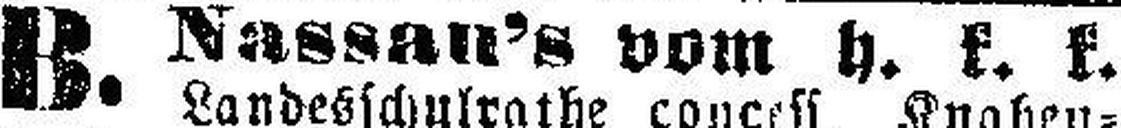
B. Nassan's vom h. k. k.